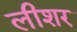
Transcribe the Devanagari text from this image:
लीशर